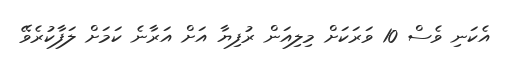
އެކަނި ވެސް 10 ވަރަކަށް މިލިއަން ރުފިޔާ އަށް އަރާނެ ކަމަށް ލަފާކުރެވޭ